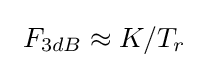
\ F_{3dB}\approx K/T_{r}